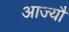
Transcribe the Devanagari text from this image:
आज्यौ